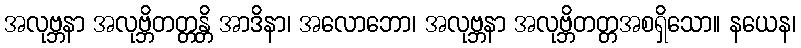
အလုဗ္ဘနာ အလုဗ္ဘိတတ္တန္တိ အာဒိနာ၊ အလောဘော၊ အလုဗ္ဘနာ အလုဗ္ဘိတတ္တအစရှိသော။ နယေန၊